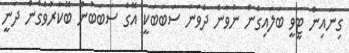
ގިނައިން ޓީވީ ބަލައިގެން ނުވާނެ ދެވަނަ ސަބަބަކީ އޭގެ ސަބަބުން ބޭކާރުވެގެން ދަނީ